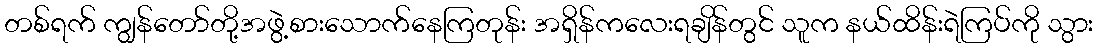
တစ်ရက် ကျွန်တော်တို့အဖွဲ့စားသောက်နေကြတုန်း အရှိန်ကလေးရချိန်တွင် သူက နယ်ထိန်းရဲကြပ်ကို သွား